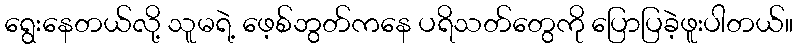
ရွေးနေတယ်လို့ သူမရဲ့ ဖေ့စ်ဘွတ်ကနေ ပရိသတ်တွေကို ပြောပြခဲ့ဖူးပါတယ်။